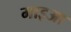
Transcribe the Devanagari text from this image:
माइआ